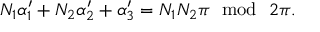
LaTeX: N _ { 1 } \alpha _ { 1 } ^ { \prime } + N _ { 2 } \alpha _ { 2 } ^ { \prime } + \alpha _ { 3 } ^ { \prime } = N _ { 1 } N _ { 2 } \pi ~ ~ \mathrm { m o d } ~ ~ 2 \pi .